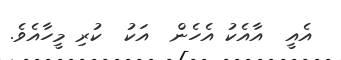
އެއީ  އާއެކު އެހެން  އަކު  ކުރި މީހާއެވެ.